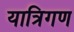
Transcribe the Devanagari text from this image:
यात्रिगण